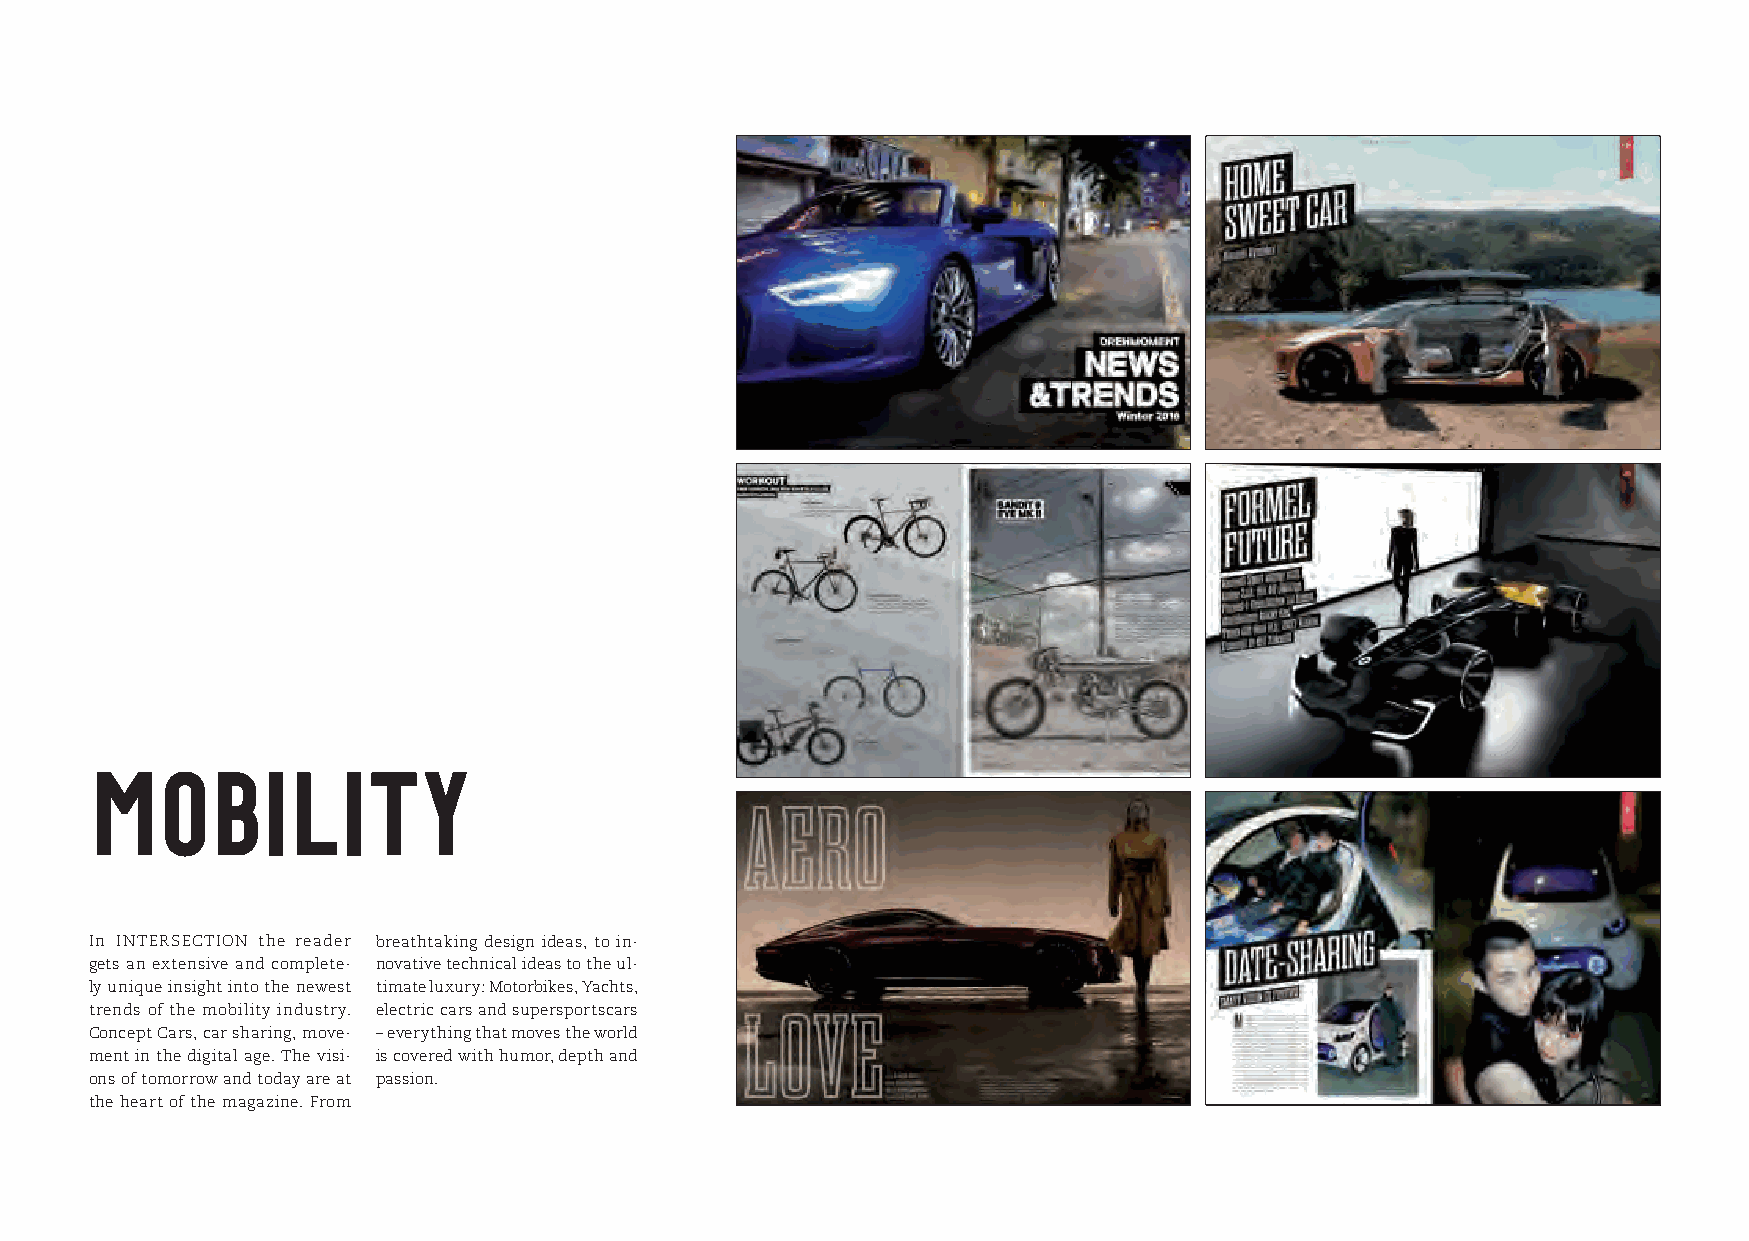
MOBILITY
 In INTERSECTION the reader breathtaking design ideas, to in-
 gets an extensive and complete- novative technical ideas to the ul-
 ly unique insight into the newest timate luxury: Motorbikes, Yachts,
 trends of the mobility industry. electric cars and supersportscars
 Concept Cars, car sharing, move- – everything that moves the world
 ment in the digital age. The visi- is covered with humor, depth and
 ons of tomorrow and today are at passion.
 the heart of the magazine. From